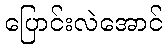
ပြောင်းလဲအောင်